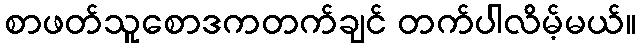
စာဖတ်သူစောဒကတက်ချင် တက်ပါလိမ့်မယ်။